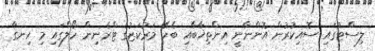
ލިސްޓުގައި ސޮއިކުރުން އޮންނާނީ އިންތިޚާބާއި ބެހޭ މަރުކަޒުގެ ޓްރެނިން ހޯލްގައި މި ހިނގާ